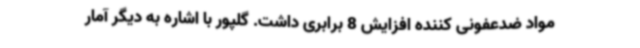
مواد ضدعفونی کننده افزایش 8 برابری داشت. گلپور با اشاره به دیگر آمار